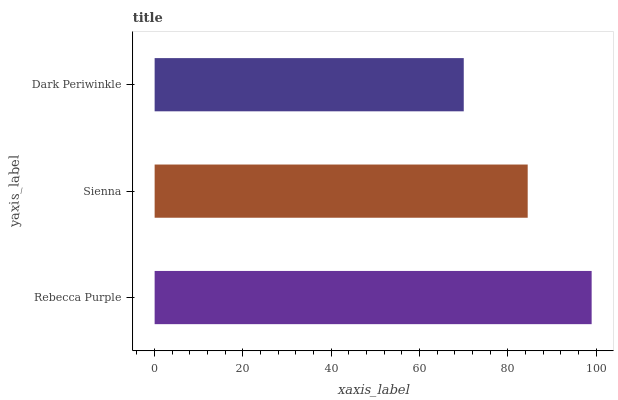
| yaxis_label | bars |
 | --- | --- |
 | Rebecca Purple | 99 |
 | Sienna | 84.5 |
 | Dark Periwinkle | 70 |